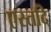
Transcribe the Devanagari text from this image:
एस्तदि